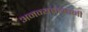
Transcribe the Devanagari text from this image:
अनन्यतामानी